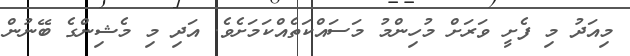
މިއަދު މި ފެށީ ވަރަށް މުހިންމު މަސައްކަތެއްކަމަށެވެ. އަދި މި މެޝިންގެ ބޭނުން